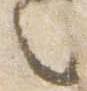
々